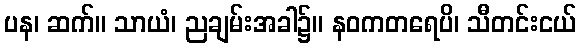
ပန၊ ဆက်။ သာယံ၊ ညချမ်းအခါ၌။ နဝကတရေပိ၊ သီတင်းငယ်